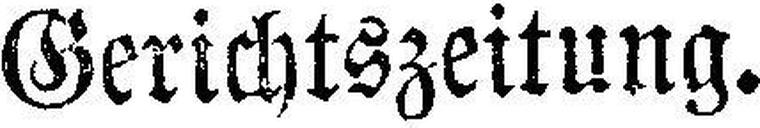
Gerichtszeitung.